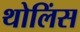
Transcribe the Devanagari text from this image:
थोलिंस